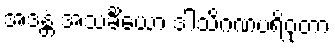
အဒန္တံ အသင်္ခိယော ဒါသိဂဏပရိဝုတာ